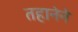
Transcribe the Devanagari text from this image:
तहानेने